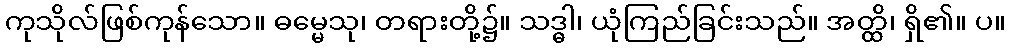
ကုသိုလ်ဖြစ်ကုန်သော။ ဓမ္မေသု၊ တရားတို့၌။ သဒ္ဓါ၊ ယုံကြည်ခြင်းသည်။ အတ္ထိ၊ ရှိ၏။ ပ။